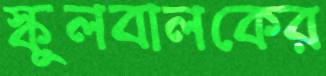
স্কুলবালকের